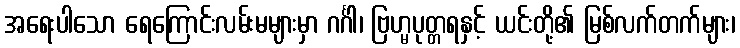
အရေးပါသော ရေကြောင်းလမ်းမများမှာ ဂင်္ဂါ၊ ဗြဟ္မပုတ္တရနှင့် ယင်းတို့၏ မြစ်လက်တက်များ၊